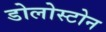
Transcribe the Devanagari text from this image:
डोलोस्टोन